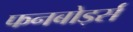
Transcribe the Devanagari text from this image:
फनबोर्ड्स